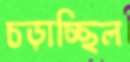
চড়াচ্ছিল